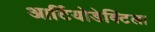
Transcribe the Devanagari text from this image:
आर्टियोडेक्टिला